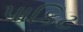
પાકિટ